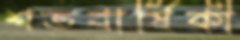
শতবার্ষিকী